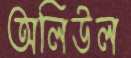
অলিউল